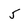
Character: 5